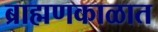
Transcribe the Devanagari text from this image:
ब्राह्मणकाळात